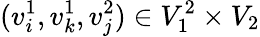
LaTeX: (v_{i}^{1},v_{k}^{1},v_{j}^{2})\in V_{1}^{2}\times V_{2}